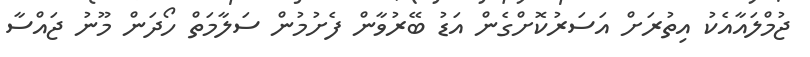
ޖުމްލައާއެކު އިތުރަށް އަސަރުކޮށްގެން އަޑު ބޭރުވާން ފެށުމުން ސަލާމަތް ހޯދަން މޫނު ޖައްސާ